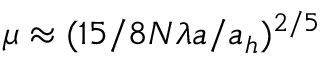
\mu \approx ( 1 5 / 8 N \lambda a / a _ { h } ) ^ { 2 / 5 }